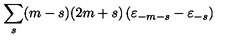
\sum _ { s } ( m - s ) ( 2 m + s ) \left( { \varepsilon } _ { - m - s } - { \varepsilon } _ { - s } \right)